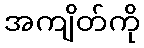
အကျိတ်ကို